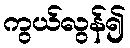
ကွယ်လွန်၍